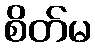
စိတ်မ